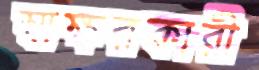
স্বাক্ষরকারী